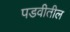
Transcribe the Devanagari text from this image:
पडवीतील